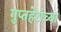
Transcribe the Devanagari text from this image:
गुप्तहेरांच्या